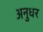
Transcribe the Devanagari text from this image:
अनुधर